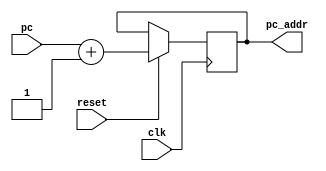
// Generated by MyHDL 0.11


`timescale 1ns/10ps

module pc_adder (
    reset,
    clk,
    pc,
    pc_addr
);


input reset;
input [0:0] clk;
input [31:0] pc;
output [31:0] pc_addr;
reg [31:0] pc_addr;




always @(posedge clk) begin: PC_ADDER_PADDER
    if ((reset == 1)) begin
        pc_addr <= (pc + 1);
    end
end

endmodule